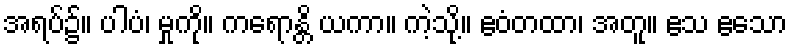
အရပ်၌။ ပါပံ၊ မှုကို။ ကရောန္တိ ယကာ။ ကဲ့သို့။ ဧဝံတထာ၊ အတူ။ ဧသ ဧသော